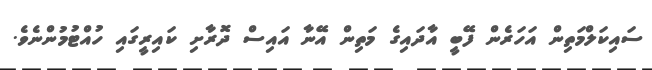
ސައިކަލްމަތިން އަހަރެން ފޭބީ އާދައިގެ މަތިން އޭނާ އައިސް ދޮރާށި ކައިރީގައި ހުއްޓުމުންނެވެ.